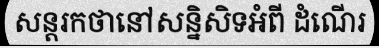
សន្តរកថានៅសន្និសិទអំពី ដំណើរ